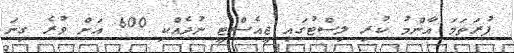
ފުރަތަމަ އާންމު ކުރި ލިސްޓުގައި ޖީއެސްޓީ ނުދެއްކި 600 އަށް ވުރެ ގިނަ